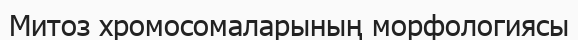
Митоз хромосомаларының морфологиясы